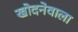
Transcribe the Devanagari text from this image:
खोदनेवाला